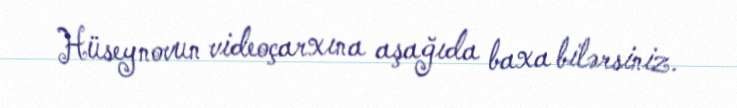
Hüseynovun videoçarxına aşağıda baxa bilərsiniz.